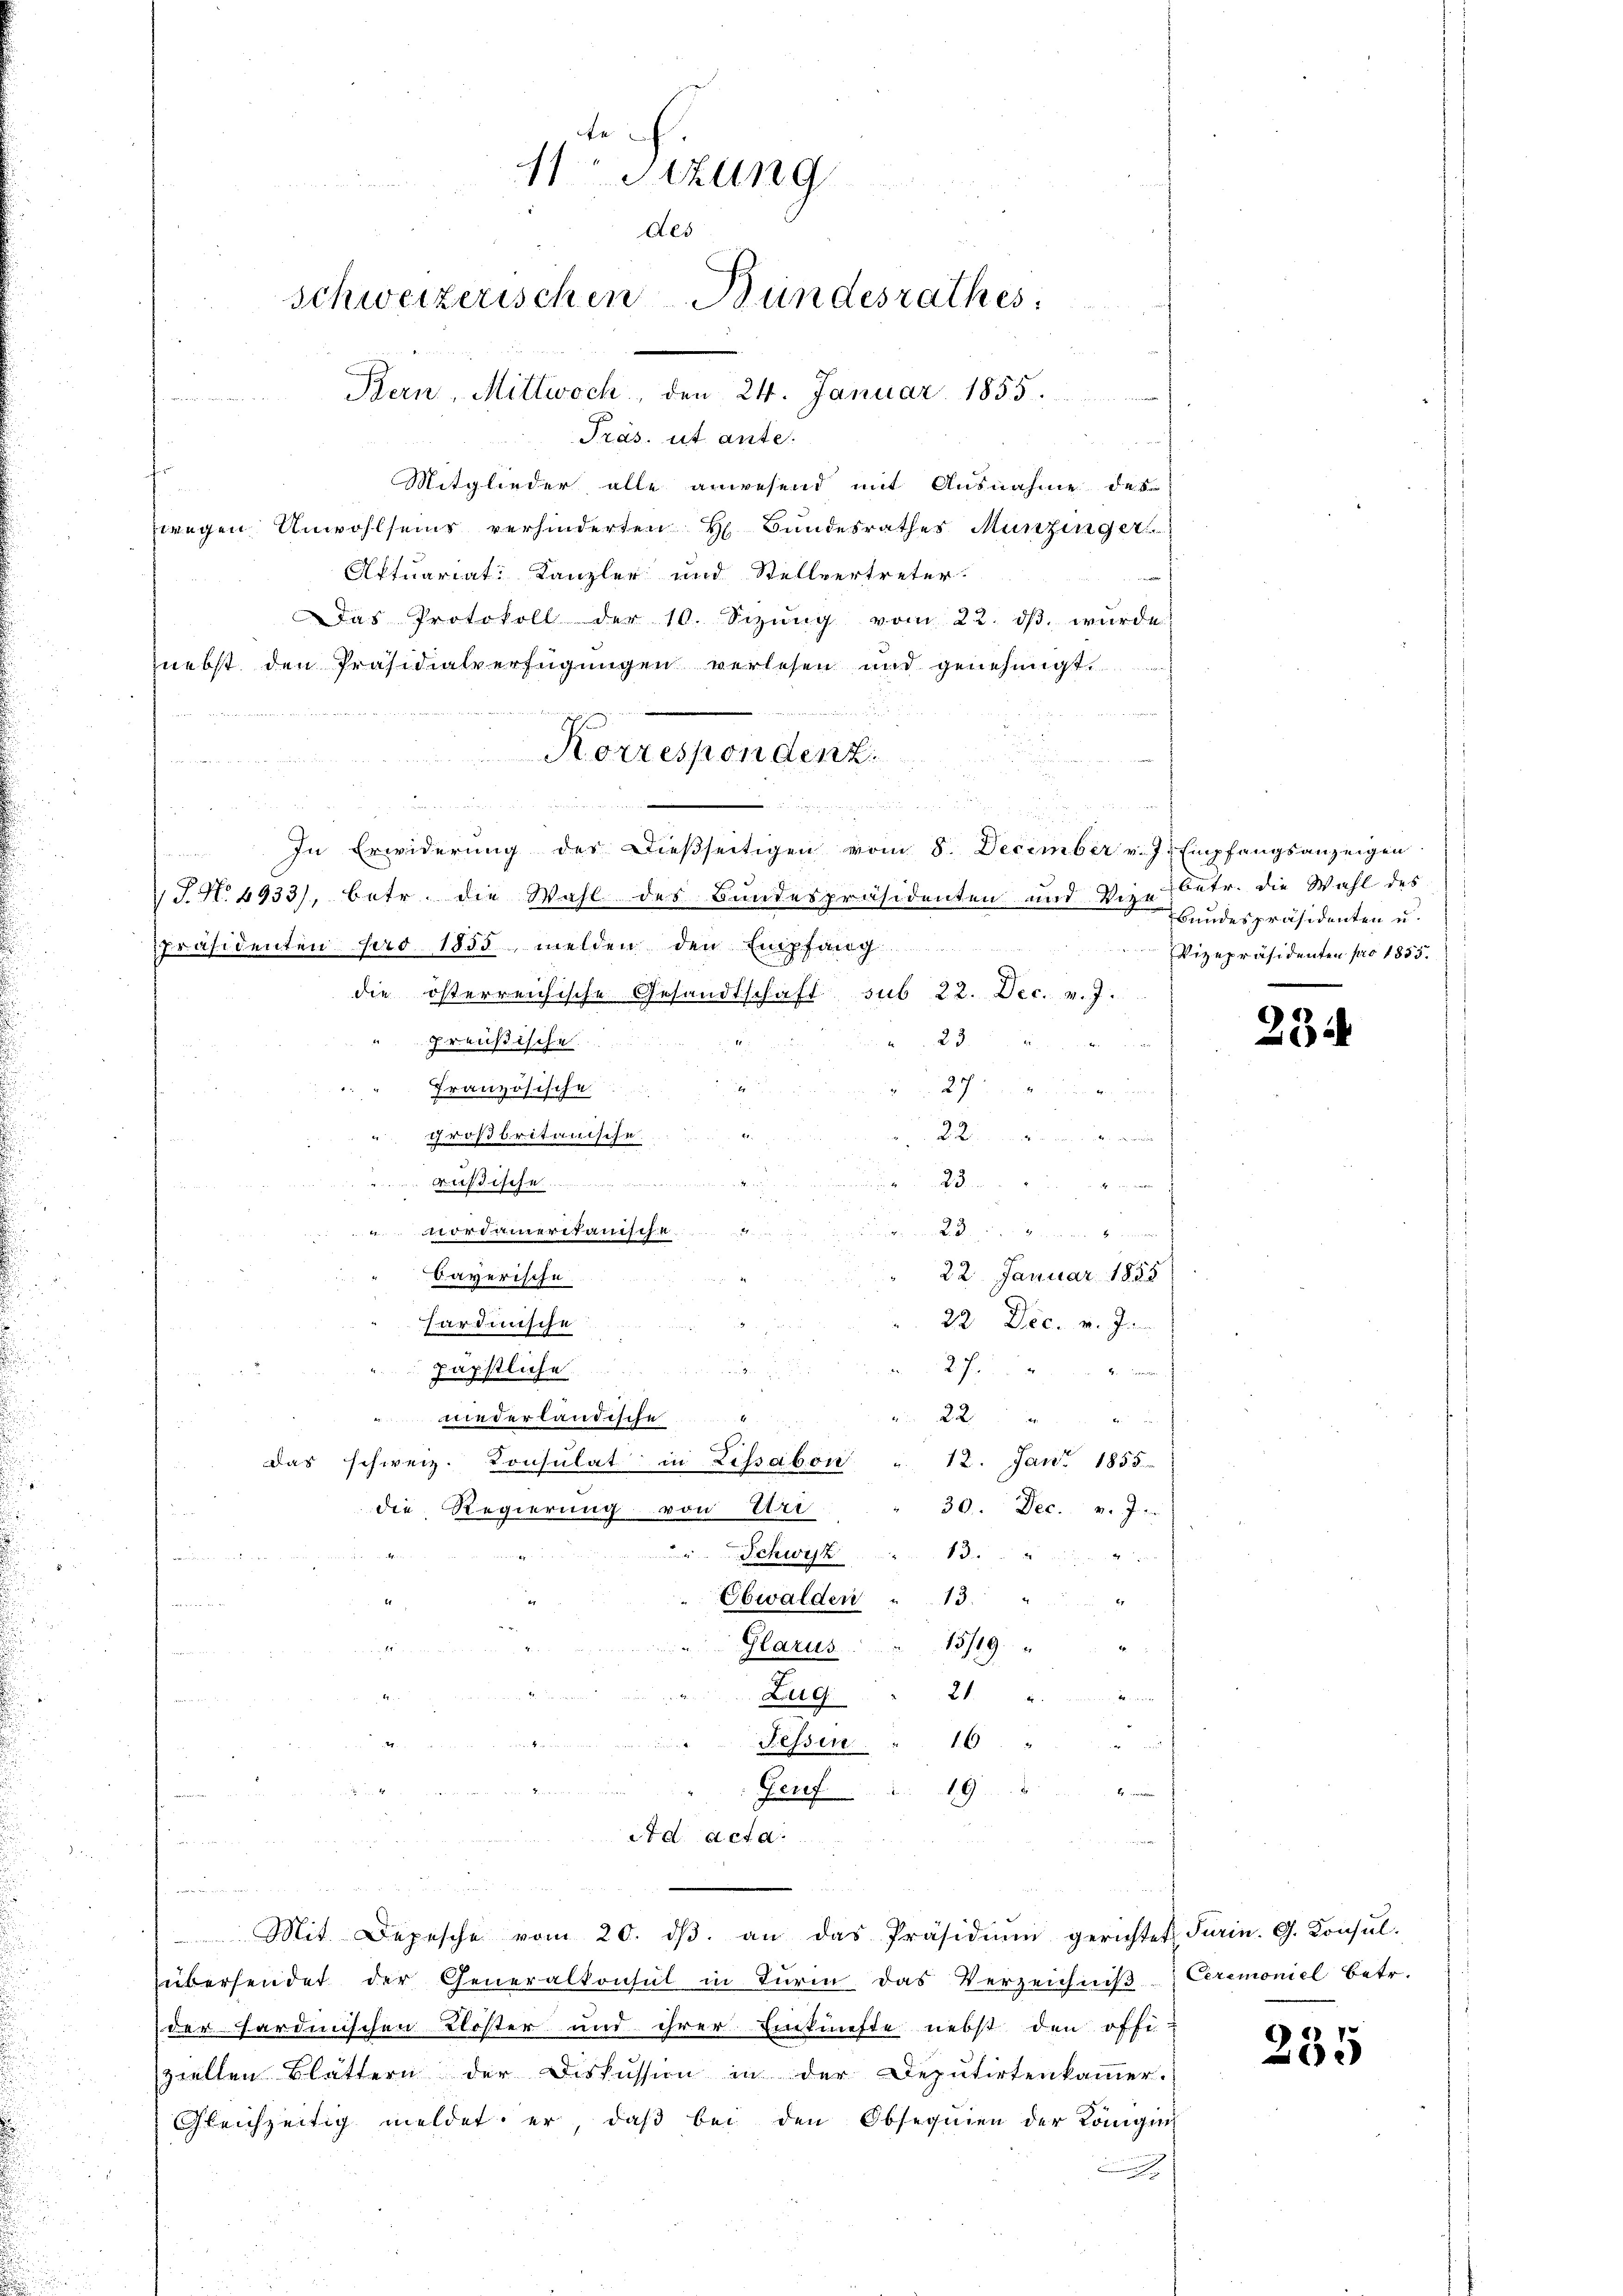
11 Sizung
des
Schweizerischen Bundesrathes:
Bern, Mittwoch, den 24. Januar 1855

n
Präs. ut ante.
Mitglieder alle anwesend mit Ausnahme des
wegen Unwohlseins verhinderten H. Bundesrathes Munzinger
Aftuariat Kanzler und Stellvertreter.

Das Protokoll der 10. Sezŭng vom 22. dβ wŭrde
nebst den Präsidialverfügungen verlesen und genehmigt.

.
In Erwiderŭng des Dieβseitigen vom 8. December v. J. Empfangsanzeigen.
S.N. 6933), betr. die Wahl des Bundespräsidenten und Vize
Präsidenten pro 1855, melden den Empfang
die österreichische Gesandtschaft sub 22. Dec. v. J.
23.
preußische
27
Französische
großbritanische
i   der
 dann
rußische
unordameritanische
 2 x
22. Januar 1855
Bayerische
22. Dec. v. In
hardinische

päpstliche
2 x
uniederländische
12. Jan. 1855
das schweiz. Konsulat in Lissabon
30. Dec. v. J.
die Regierung von Uri
Schwyz
i
e

i

Ebwalden 13.
M bei Mart. 14 te
15/19.
Glarus.
21

Zug
16
unt
Fessen.
19

Genf
2t d acta.

Korrespondenz.

aperten u.

Mit Depesche vom 20. dβ. an das Präsidiŭm gerichtet Turin. G. Konsŭl-

betr. die Wahl des
Bundespräsidenten u.
Vizepräsidenten pro 1855.

übersendet der Generalkonsul in Turm das Verzeichniß Ceremoniel betr.
der Fardinischen Kloster und ihrer Einkünfte nebst den offi-
ziellen Blättern der Diskussion in der Deputirtenkammer.
Gleichzeitig meldet er, daß bei den Obsequien der Königin

234

235